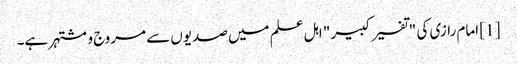
[1] امام رازی کی "تفسیر کبیر " اہل علم میں صدیوں سے مروج و مشتہر ہے۔